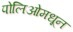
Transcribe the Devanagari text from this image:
पोलिओमधून